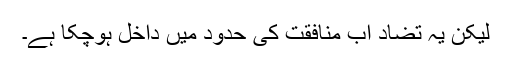
لیکن یہ تضاد اب منافقت کی حدود میں داخل ہوچکا ہے۔